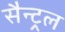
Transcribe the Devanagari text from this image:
सैन्ट्रल